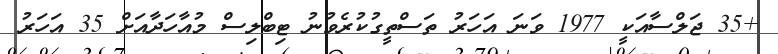
+35 ޖަލްސާއަކީ 1977 ވަނަ އަހަރު ތަސްތީގުކުރެވުނު ޓިބްލިސް މުއާހަދާއަށް 35 އަހަރު